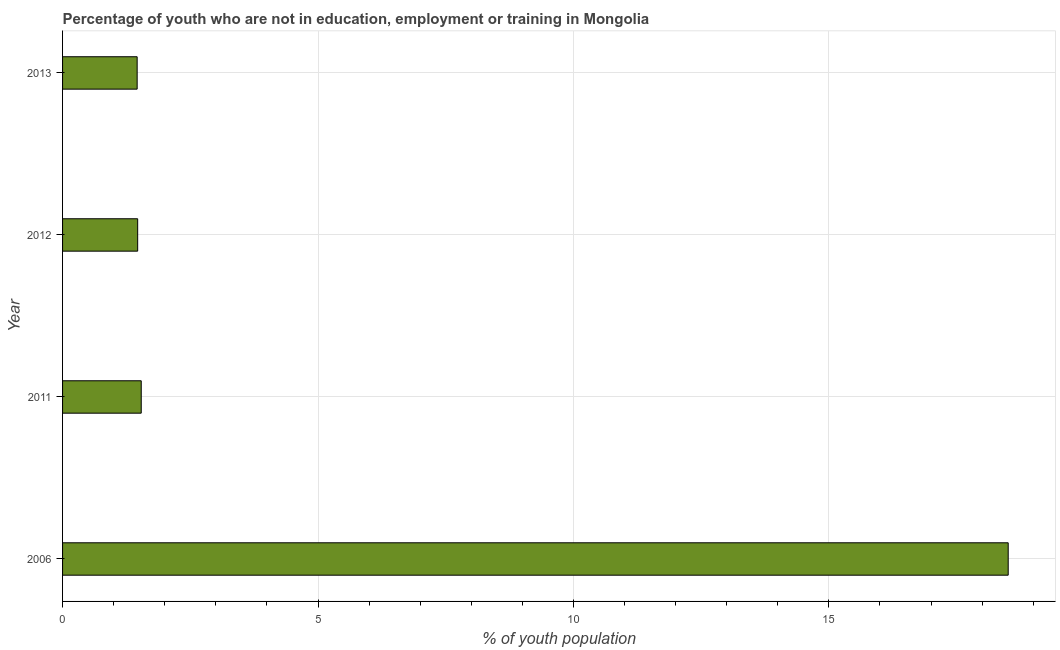
| Year | Unemployed youth |
 | --- | --- |
 | 2006 | 18.5 |
 | 2011 | 1.54 |
 | 2012 | 1.47 |
 | 2013 | 1.46 |